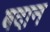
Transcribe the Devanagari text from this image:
बदान